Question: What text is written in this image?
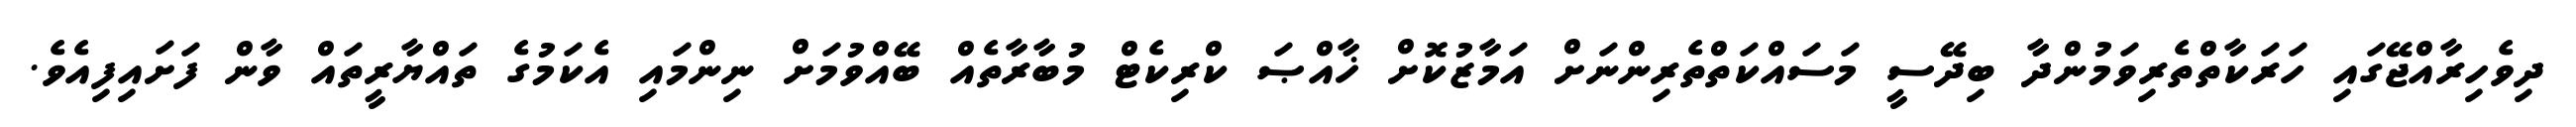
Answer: ދިވެހިރާއްޖޭގައި ހަރަކާތްތެރިވަމުންދާ ބިދޭސީ މަސައްކަތްތެރިންނަށް އަމާޒުކޮށް ޚާއްޞަ ކްރިކެޓް މުބާރާތެއް ބޭއްވުމަށް ނިންމައި އެކަމުގެ ތައްޔާރީތައް ވާން ފަށައިފިއެވެ.